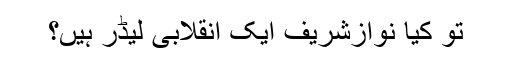
تو کیا نوازشریف ایک انقلابی لیڈر ہیں؟